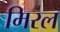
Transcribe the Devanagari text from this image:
मिरल